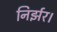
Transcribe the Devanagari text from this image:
निर्झर।